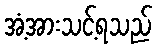
အံ့အားသင့်ရသည်